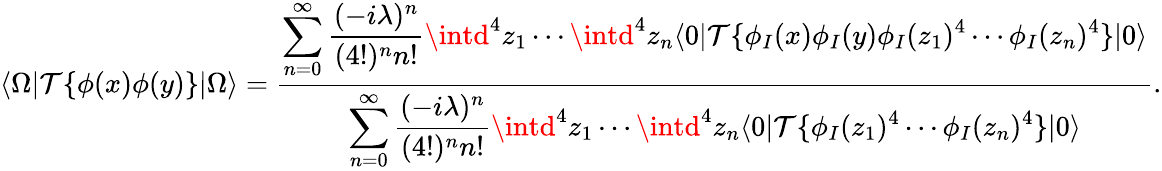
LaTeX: \langle\Omega|\mathcal{T}\{ \phi(x)\phi(y)\} |\Omega\rangle={\frac{{\displaystyle\sum_{n=0}^{\infty}{\frac{{(-i\lambda)^{n}}}{{(4!)^{n}n!}}}\intd^{4}z_{1}\cdots\intd^{4}z_{n}\langle0|\mathcal{T}\{ \phi_{I}(x)\phi_{I}(y)\phi_{I}(z_{1})^{4}\cdots\phi_{I}(z_{n})^{4}\} |0\rangle}}{{\displaystyle\sum_{n=0}^{\infty}{\frac{{(-i\lambda)^{n}}}{{(4!)^{n}n!}}}\intd^{4}z_{1}\cdots\intd^{4}z_{n}\langle0|\mathcal{T}\{ \phi_{I}(z_{1})^{4}\cdots\phi_{I}(z_{n})^{4}\} |0\rangle}}}.